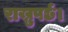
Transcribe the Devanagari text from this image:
राख्नुपर्छ।